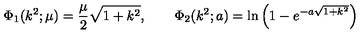
\Phi _ { 1 } ( k ^ { 2 } ; \mu ) = \frac { \mu } { 2 } \sqrt { 1 + k ^ { 2 } } , \qquad \Phi _ { 2 } ( k ^ { 2 } ; a ) = \ln \left( 1 - e ^ { - a \sqrt { 1 + k ^ { 2 } } } \right)